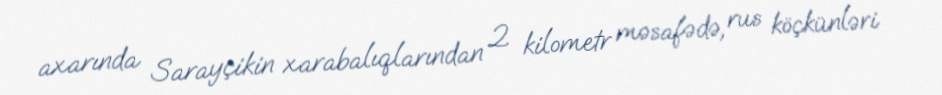
axarında Sarayçikin xarabalıqlarından 2 kilometr məsafədə, rus köçkünləri